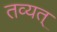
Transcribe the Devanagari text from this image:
तव्यत्